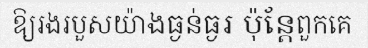
ឱ្យរងរបួសយ៉ាងធ្ងន់ធ្ងរ ប៉ុន្តែពួកគេ